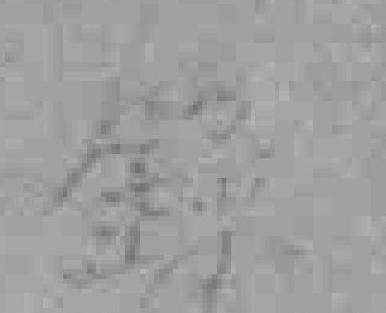
錄